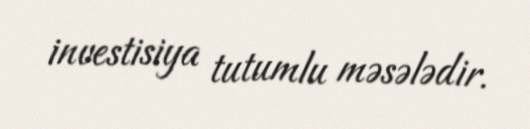
investisiya tutumlu məsələdir.